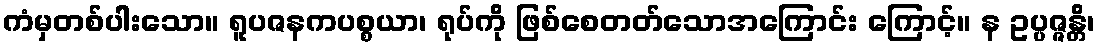
ကံမှတစ်ပါးသော။ ရူပဇနကပစ္စယာ၊ ရုပ်ကို ဖြစ်စေတတ်သောအကြောင်း ကြောင့်။ န ဥပ္ပဇ္ဇန္တိ၊